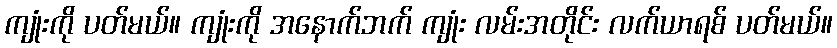
ကျုံးကို ပတ်မယ်။ ကျုံးကို အနောက်ဘက် ကျုံး လမ်းအတိုင်း လက်ယာရစ် ပတ်မယ်။